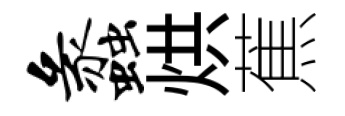
蠡烘蕉